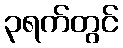
၃ရက်တွင်